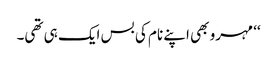
‘‘ مہرو بھی اپنے نام کی بس ایک ہی تھی۔